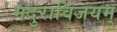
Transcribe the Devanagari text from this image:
मदुराविजयम्